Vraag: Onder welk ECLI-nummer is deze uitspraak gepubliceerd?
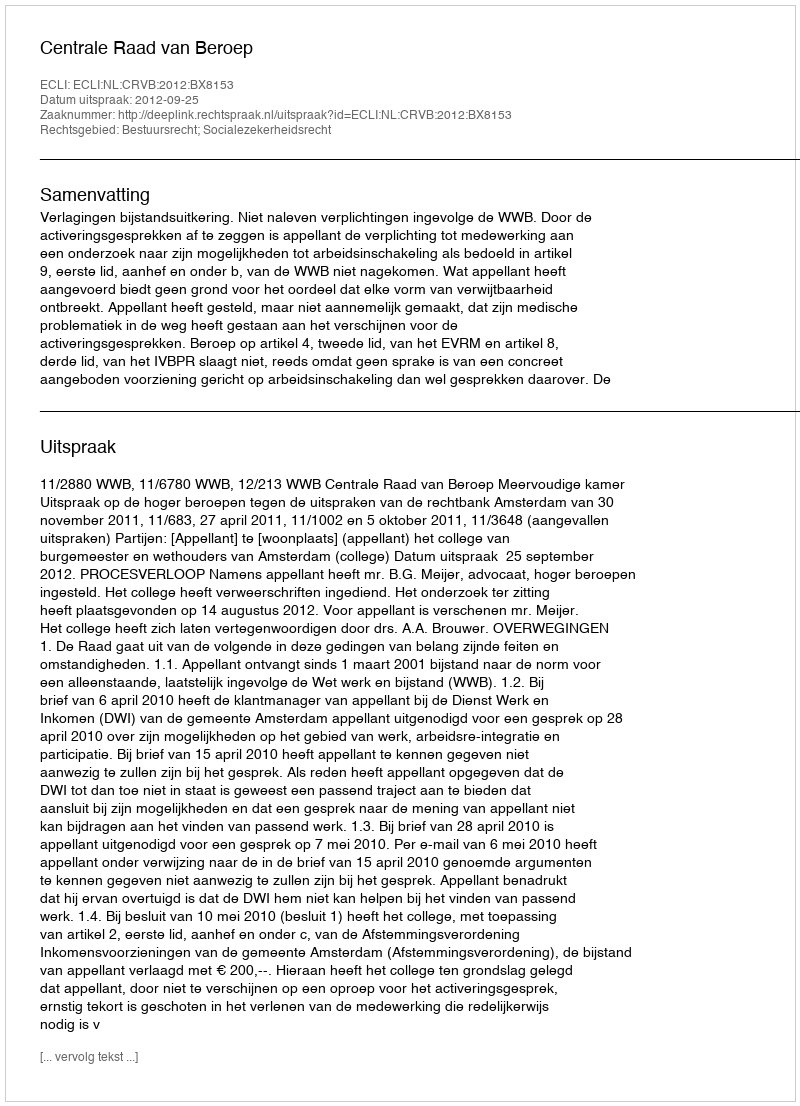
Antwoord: ECLI:NL:CRVB:2012:BX8153